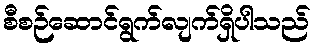
စီစဉ်ဆောင်ရွက်လျက်ရှိပါသည်